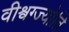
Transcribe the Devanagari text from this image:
वीश्वग्ज्योति